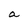
Character: a